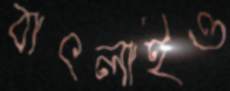
বাৎলাইও